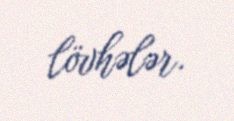
lövhələr.